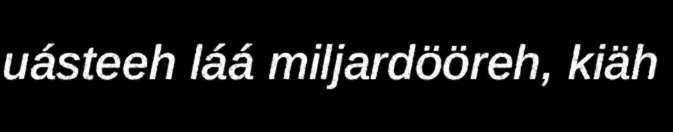
uásteeh láá miljardööreh, kiäh